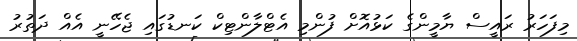
މިފަހަރު ރައީސް ޔާމީންގެ ކަޅުއޮށް ފުންމި އެޓްލާންޓިކް ކަނޑުގައި ޖެހޭނީ އެއް ދަތުރު